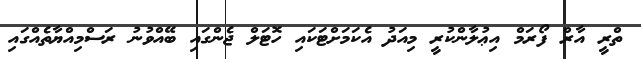
ތްރީ އާރް ފޯރަމް އިޢުލާންކުރީ މިއަދު އެކަމަށްޓަކައި ހޮޓަލް ޖެންގައި ބޭއްވުނު ރަސްމިއްޔާތެއްގައި